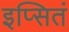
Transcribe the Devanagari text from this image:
इप्सितं